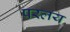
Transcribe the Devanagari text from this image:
परलय